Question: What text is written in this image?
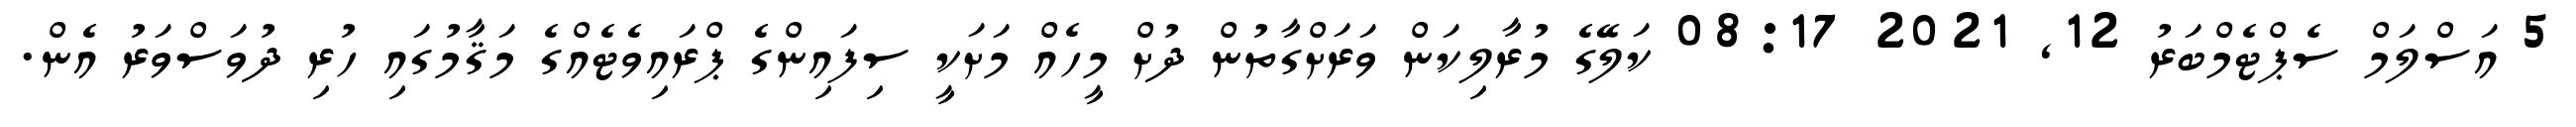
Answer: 5 އަސްލަމް ސެޕްޓެމްބަރު 12, 2021 08:17 ކަލޭގެ މުރާލިކަން ވަރަށްގާތުން ދުށް މީހެއް މަށަކީ ސިފައިންގެ ޕްރައިވެޓެއްގެ މަޤާމުގައި ހުރި ދުވަސްވަރު އެން.